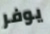
يوفر